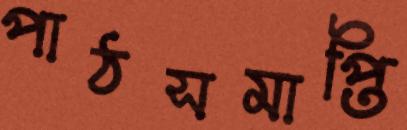
পাঠসমাপ্তি